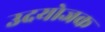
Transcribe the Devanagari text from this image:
उदयोजक